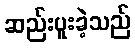
ဆည်းပူးခဲ့သည်